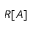
R [ A ]